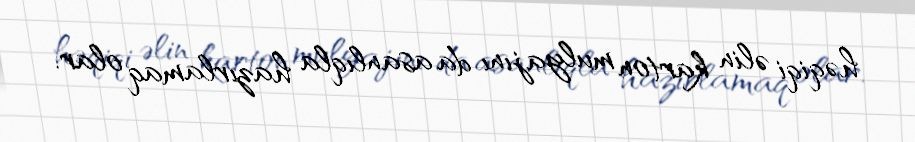
həqiqi əlin karton mulyajını da asanlıqla hazırlamaq olar.